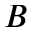
B